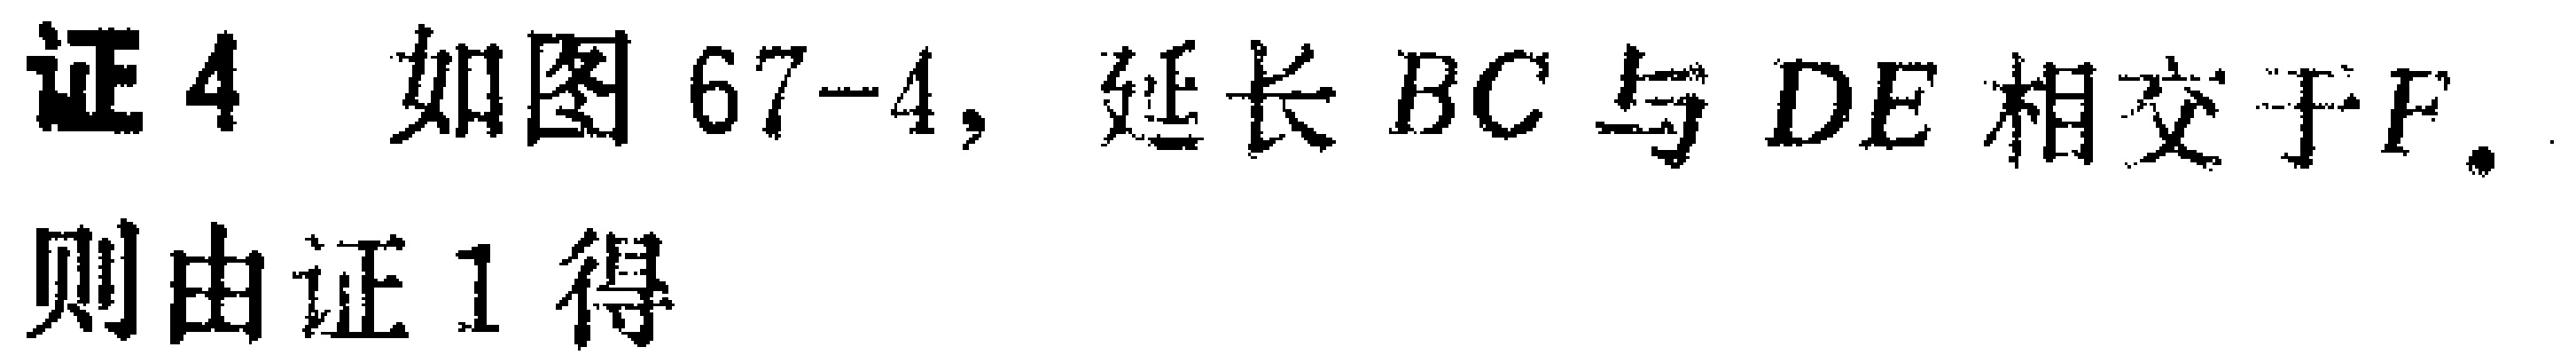
证4 如图67-4, 延长 \(BC\) 与 \(DE\) 相交于 \(F\). 则由证1得